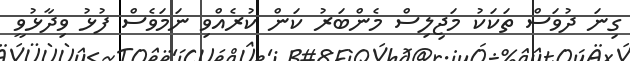
ގިނަ ދުވަސް ތަކަކު މަޖިލިސް މެންބަރު ކަން ކުރެއްވި ނަމަވެސް ފުޅު ވިދާޅުވީ